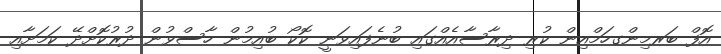
އޮފް ބަރމިންގހަމްއިން ކުރި ދިރާސާއެއްގައި ބުނެފައިވަނީ ކޮކޯ ބުއިމުން ހާސްވުން ދުރުކޮށްދޭ ކަމަށާއި